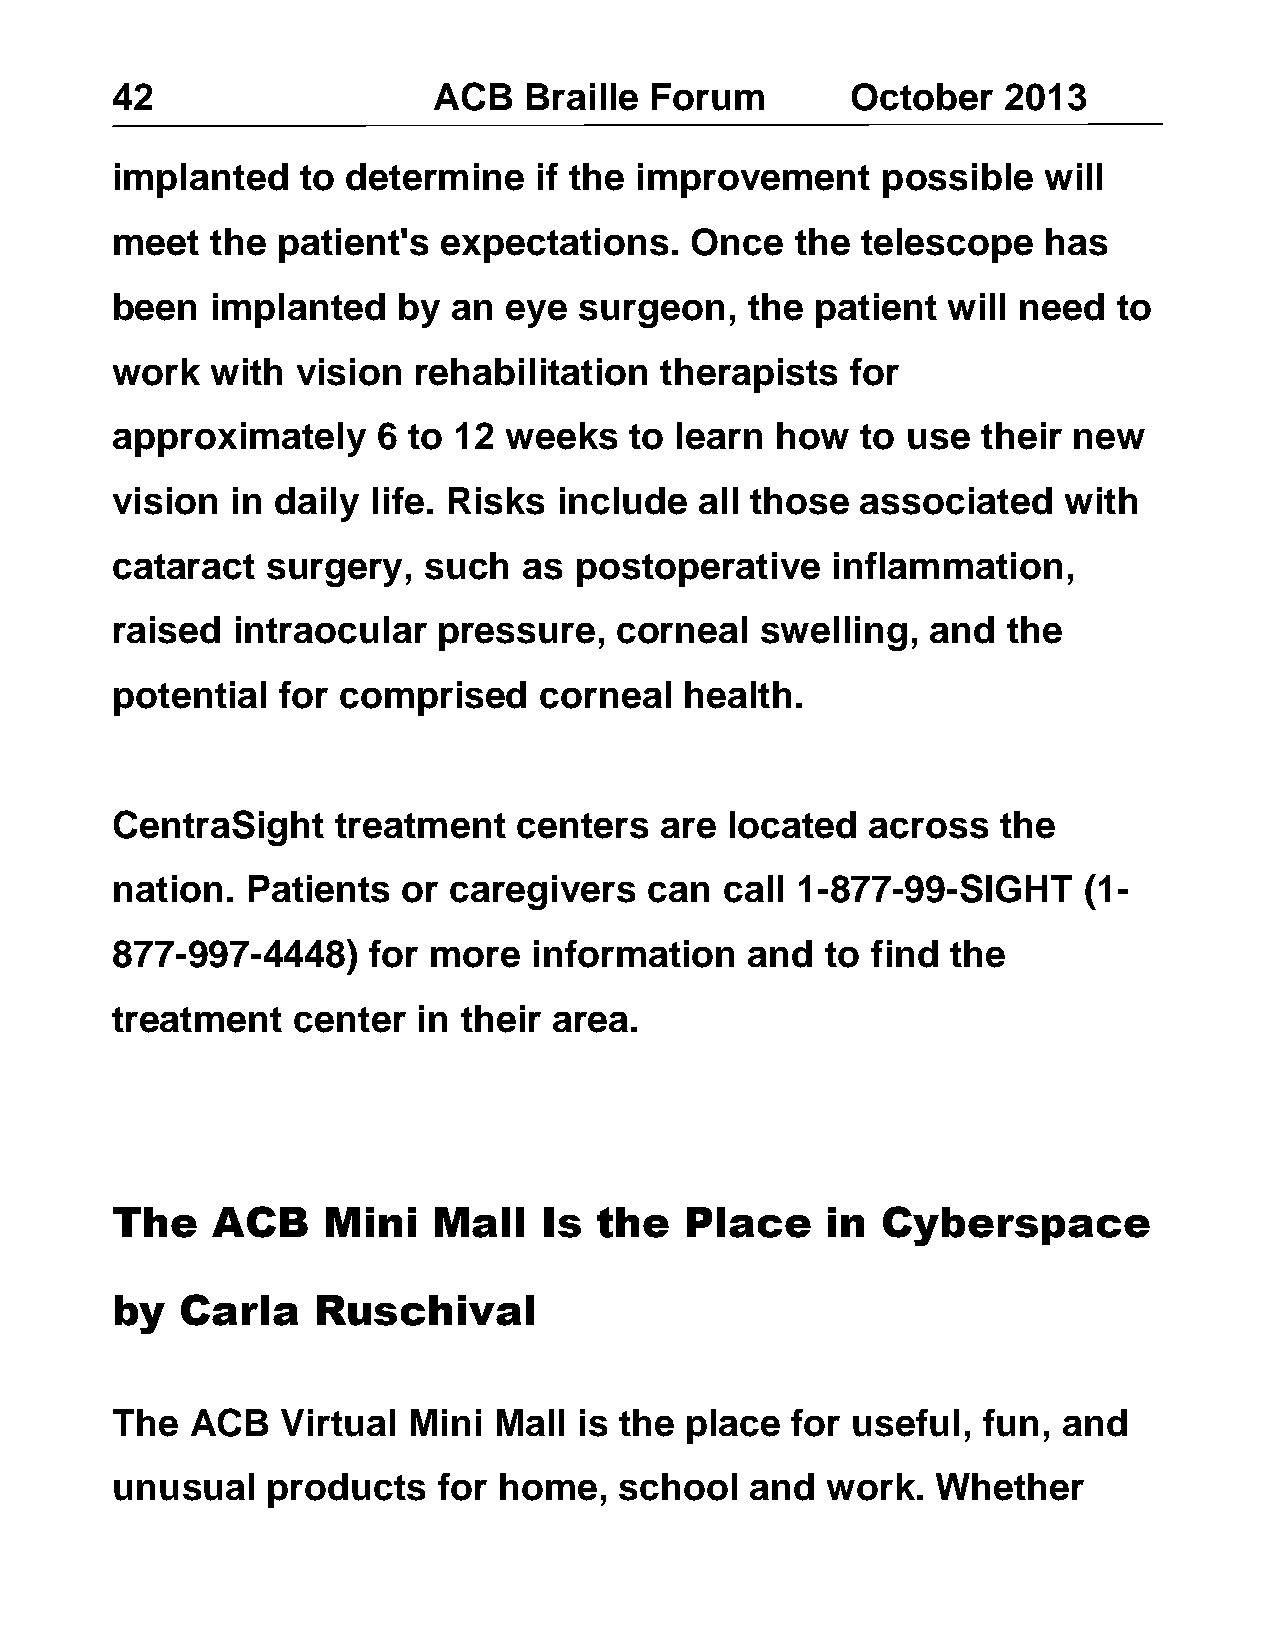
42                    ACB   Braille Forum        October   2013
 implanted    to determine   if the improvement     possible   will
 meet   the patient's  expectations.    Once   the telescope   has
 been   implanted   by  an  eye surgeon,    the patient  will need  to
 work   with  vision rehabilitation   therapists  for
 approximately     6 to 12 weeks    to learn how   to use  their new
 vision  in daily  life. Risks include  all those  associated   with
 cataract   surgery,  such   as postoperative    inflammation,
 raised  intraocular   pressure,   corneal  swelling,   and  the
 potential   for comprised    corneal  health.
 CentraSight    treatment   centers   are located   across  the
 nation.  Patients   or caregivers   can  call 1-877-99-SIGHT     (1-
 877-997-4448)    for more   information    and  to find the
 treatment   center   in their area.
 The    ACB    Mini    Mall   Is  the  Place     in Cyberspace
 by   Carla    Ruschival
 The   ACB   Virtual Mini  Mall is the place  for useful,  fun, and
 unusual    products   for home,   school   and  work.  Whether